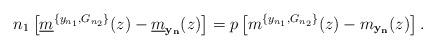
LaTeX: \begin{align*} n_1\left[\underline{m}^{\{y_{n_1},G_{n_2}\}}(z) -\underline{m}_{{\bf y}_{{\bf n}}}(z)\right]=p \left[m^{\{y_{n_1},G_{n_2}\}}(z)-{m}_{{{\bf y}_{{\bf n}}}}(z)\right]. \end{align*}